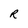
Character: R